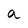
Character: a